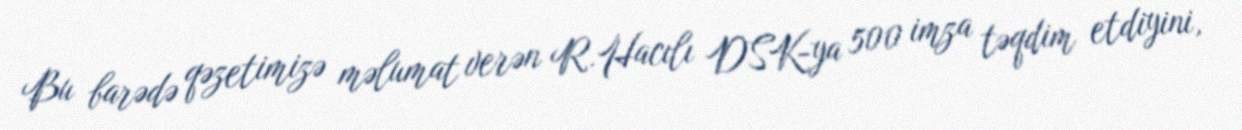
Bu barədə qəzetimizə məlumat verən R.Hacılı DSK-ya 500 imza təqdim etdiyini,